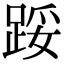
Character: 𨁡